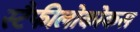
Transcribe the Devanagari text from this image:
स्टैफीलोकोकस